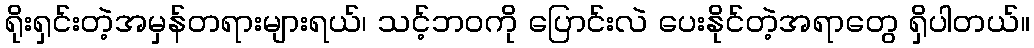
ရိုးရှင်းတဲ့အမှန်တရားများရယ်၊ သင့်ဘ၀ကို ပြောင်းလဲ ပေးနိုင်တဲ့အရာတွေ ရှိပါတယ်။